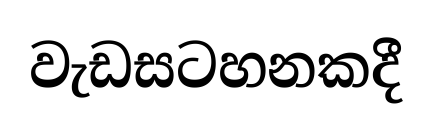
වැඩසටහනකදී